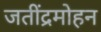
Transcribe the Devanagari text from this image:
जतींद्रमोहन